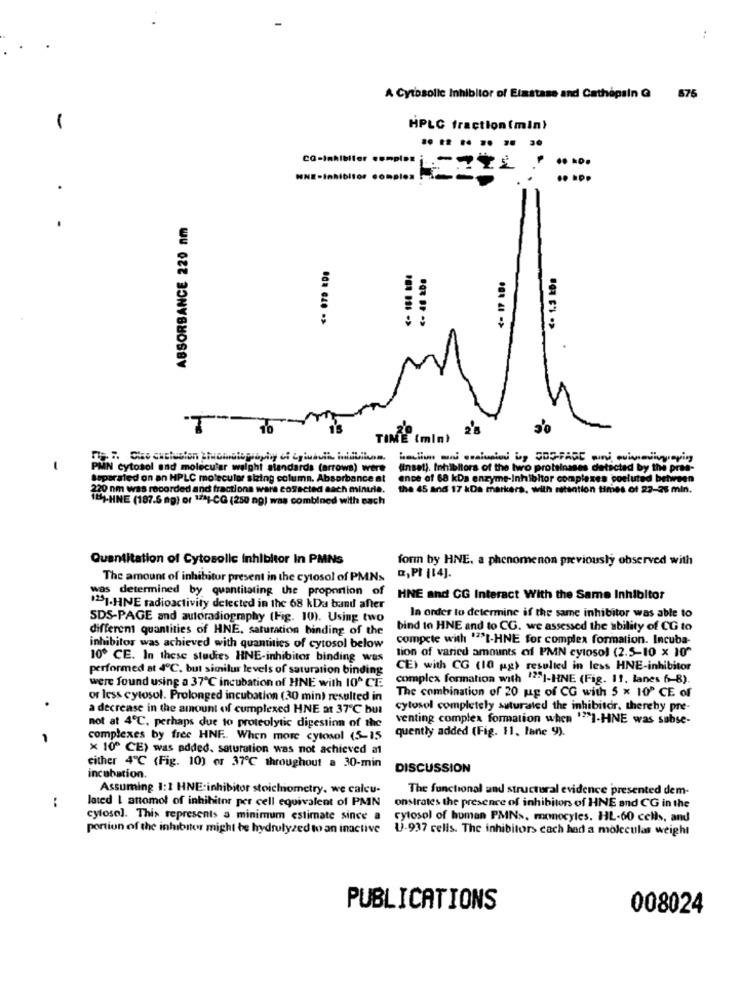
..
A Cytosolic Inhibitor of Elastase and Cathopsin G
676
-
HPLC fraction(min)
.. .. .... .. ..
HNE-Inhibitor complex
.. ...
.
ABSORBANCE 220 nm
T
3'0
TIME (min)
PMN cytosol and molecular weight standards (arrows) were
(inset). Inhibitors of the two proteinsses detected by the pres-
Separated on an HPLC molecular sizing column. Absorbance at
ence of 68 kDa enzyme-Inhibitor complexes coeluted between
220 nm was recorded and fractiona wara corrected aach minule.
the 45 and 17 &Da markers, with retention times of 22-25 min.
ILT-HNE (187.5 mg) or 1741-CG (250 ag) was combined with each
Quantitation of Cytosolic inhibitor In PMNS
form by HNE. a phenomenon previously observed with
The amount of inhibitor present in the cytosol of PMN>
[,PI [14].
was determined by quantitating the proportion of
HNE and CG Interact With the Same Inhibitor
"2].HNE radioactivity detected in the 68 kDa band after
SDS-PAGE and autoradiography (Fig. 10). Using two
In order to determine if the same inhibitor was able to
different quantities of HNE, saturation binding of the
bind to HNE and to CG. we assessed the ability of CG to
compete with """I-HNE for complex formation. Incuba-
inhibitor was achieved with quantities of cytosol below
tion of varied amounts of PMN cytosol (2.5-10 x 10"
10º CE. In these studies HNE-inhibitor binding was
performed at 4℃, but similur levels of saturation binding
CE) with CG (10 g) resulted in less HNE-inhibitor
were found using a 37℃ incubation of HNE with 10^ CE
complex formation with 125]-HNE (Fig. 11. lanes 6-8).
or less cytosol. Prolonged incubation (30 min) resulted in
The combination of 20 up of CG with 5 x 10" CE of
a decrease in the amount of cumplexed HNE at 37℃ but
cytosol completely saturated the inhibitor, thereby pre-
venting complex formation when """I-HNE was subse-
not at 4℃, perhaps due to proteolytic digestion of the
quently added (Fig. 11, lane 9).
complexes by free HNF .. When more cytosol (5-15
× 10º CE) was added. saturation was not achieved a1
cither 4℃ (Fig. 10) or 37℃ throughout a 30-min
DISCUSSION
incubation.
Assuming 1:1 HNE-inhibitor stoichiometry, we calcu-
The functional and structural evidence presented dem-
:
lated I anomol of inhibitor per cell equivalent of PMN
onstrates the presence of inhibitors of HNE and CG in the
cytosol. This represents a minimum estimate since a
cytosol of human PMNs, monocyles. HL-60 cells, and
portion of the inhibitor might be hydrolyzed to an inactive
U.937 cells. The inhibitors cach had a molecular weight
PUBLICATIONS
008024